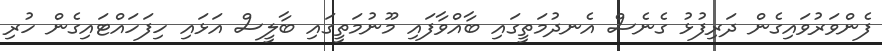
ފެންވަރުވައިގެން ދަރިފުޅު ގެނެސް އެނދުމަތީގައި ބާއްވާފައި މޫނުމަތީގައި ބާލީސް އަޅައި ހިފަހައްޓައިގެން ހުރި